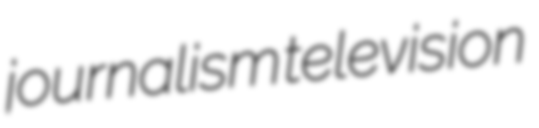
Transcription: journalism television